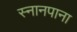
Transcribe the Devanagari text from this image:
स्नानपाना